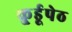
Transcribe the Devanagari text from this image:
कु्र्डूपेठ